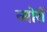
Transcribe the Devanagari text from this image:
व्योरों